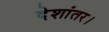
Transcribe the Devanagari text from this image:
देशांतर।